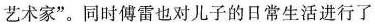
艺术家”。同时傅雷也对儿子的日常生活进行了